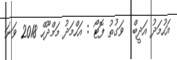
އަހުމަދު އަދީބް  ވަގުތު ފޮޓޯ : އަހްމަދު މަމްދޫހް 2018 ވަނަ